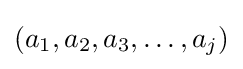
(a_{1},a_{2},a_{3},\ldots ,a_{j})